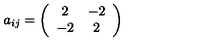
a _ { i j } = \left( \begin{array} { c c } { 2 } & { - 2 } \\ { - 2 } & { 2 } \\ \end{array} \right)